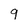
Character: 9